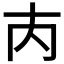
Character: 𡗚